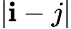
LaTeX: |\mathbf{i}-j|